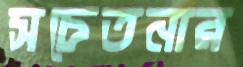
সচেতনার